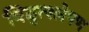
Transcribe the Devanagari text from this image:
विद्युत्श्लेषण